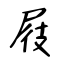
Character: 屐